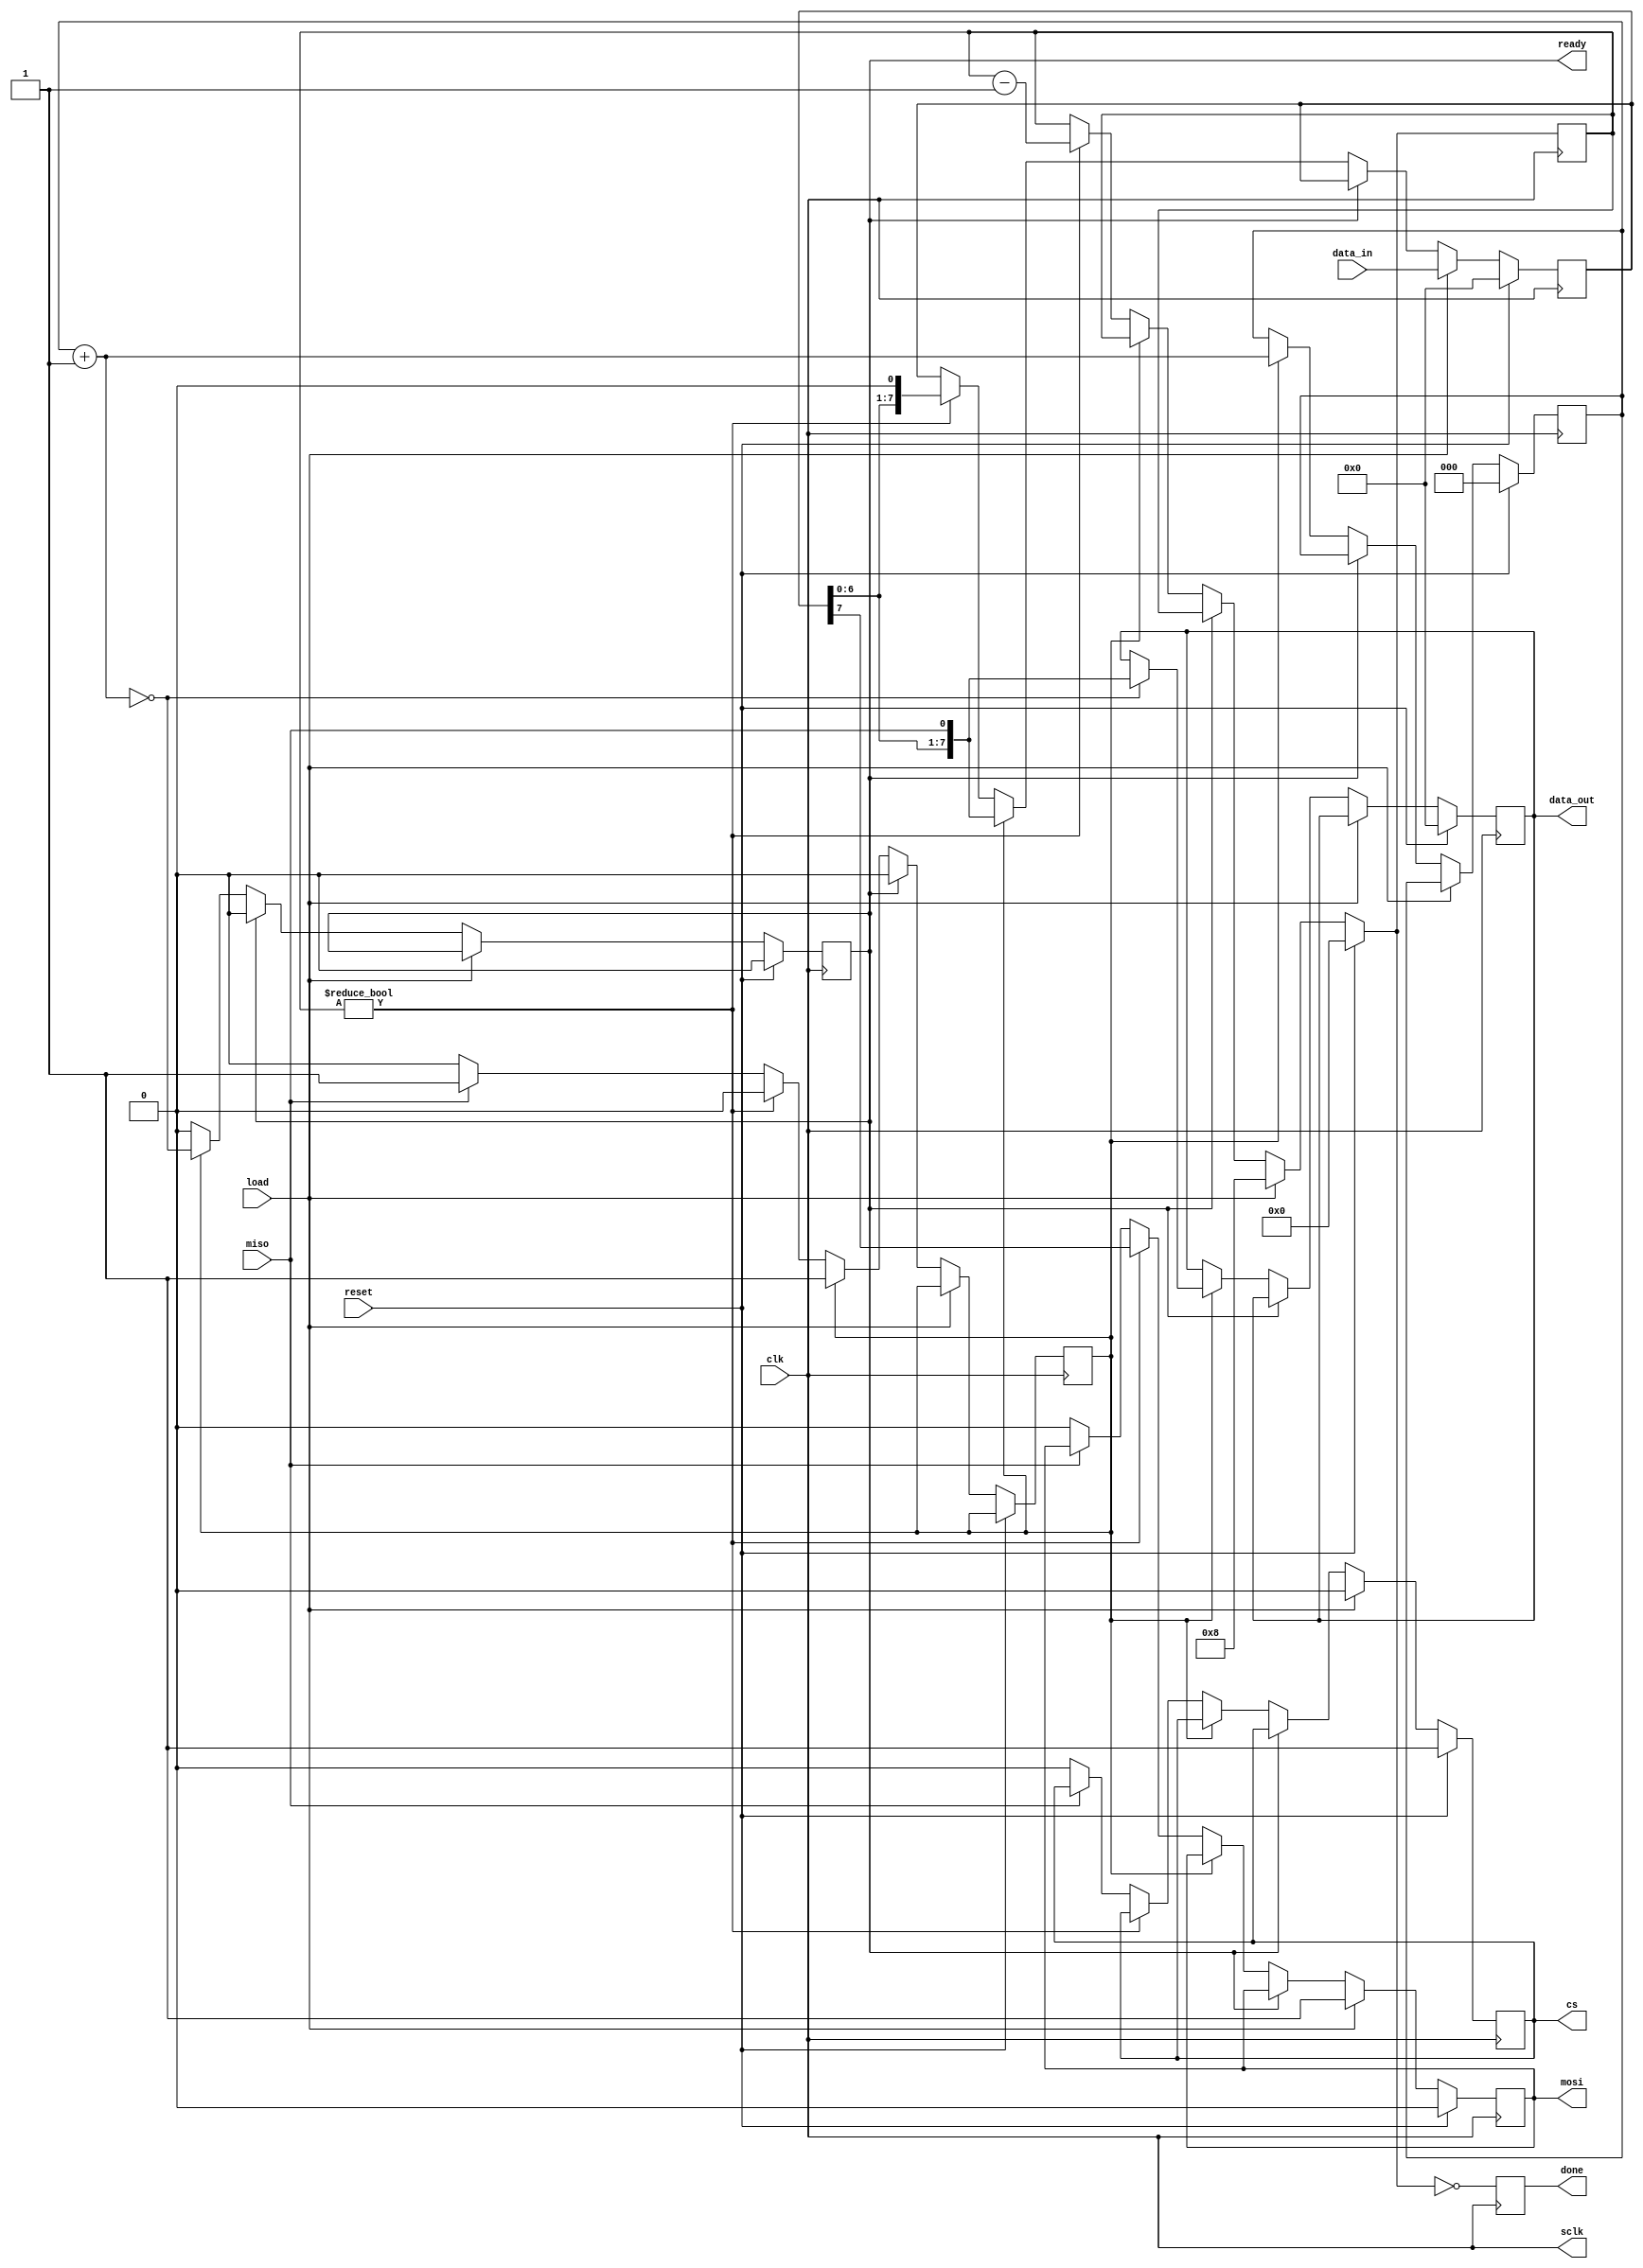
module spi_main (
    input clk,
    input reset,
    input [7:0] data_in,
    input load,
    output reg [7:0] data_out,
    output reg ready,
    output reg done,
    output reg mosi,
    input miso,
    output sclk,
    output reg cs
);

reg [7:0] shift_register;
reg [2:0] size_in;      // leitura
reg [3:0] size_out;     // envio  
reg enable;

assign sclk = clk;

initial begin
        cs = 1;     // deixa o sub desativado
        size_in = 0;
        size_out = 0;
        shift_register = 0;  // zera o registrador
        data_out = 0;
        ready = 0;
        done = 0;
        mosi = 0;
end

always @(posedge clk) begin

    if (reset) begin
        cs = 1;     // deixa o sub desativado
        size_in = 0;
        size_out = 0;
        shift_register = 0;  // zera o registrador
        data_out = 0;
        ready = 0;
        done = 0;
        mosi = 0;
    end else if (load) begin // sub est ativado
        cs = 0;
        size_out = 8;
        shift_register = data_in;
        mosi = 1;               // sinal de envio de dados
    end else if (ready) begin
        enable = 0;
        ready = 0;
        // data_out = shift_register;

    end else if (enable) begin
        size_in = size_in + 1;
        shift_register = {shift_register[6:0], miso};
        ready = (size_in == 0);
        if (ready) begin
            data_out = shift_register;
        end
    end else if (size_out != 0) begin
        mosi = shift_register[7];
        shift_register = {shift_register[6:0], 1'b0};
        size_out = size_out - 1;
    end else if (miso) begin
        enable = 1;             // comea a receber os dados
    end else begin
        cs = 0;
        mosi = 0;
    end
        done = (size_out == 0);
end

endmodule